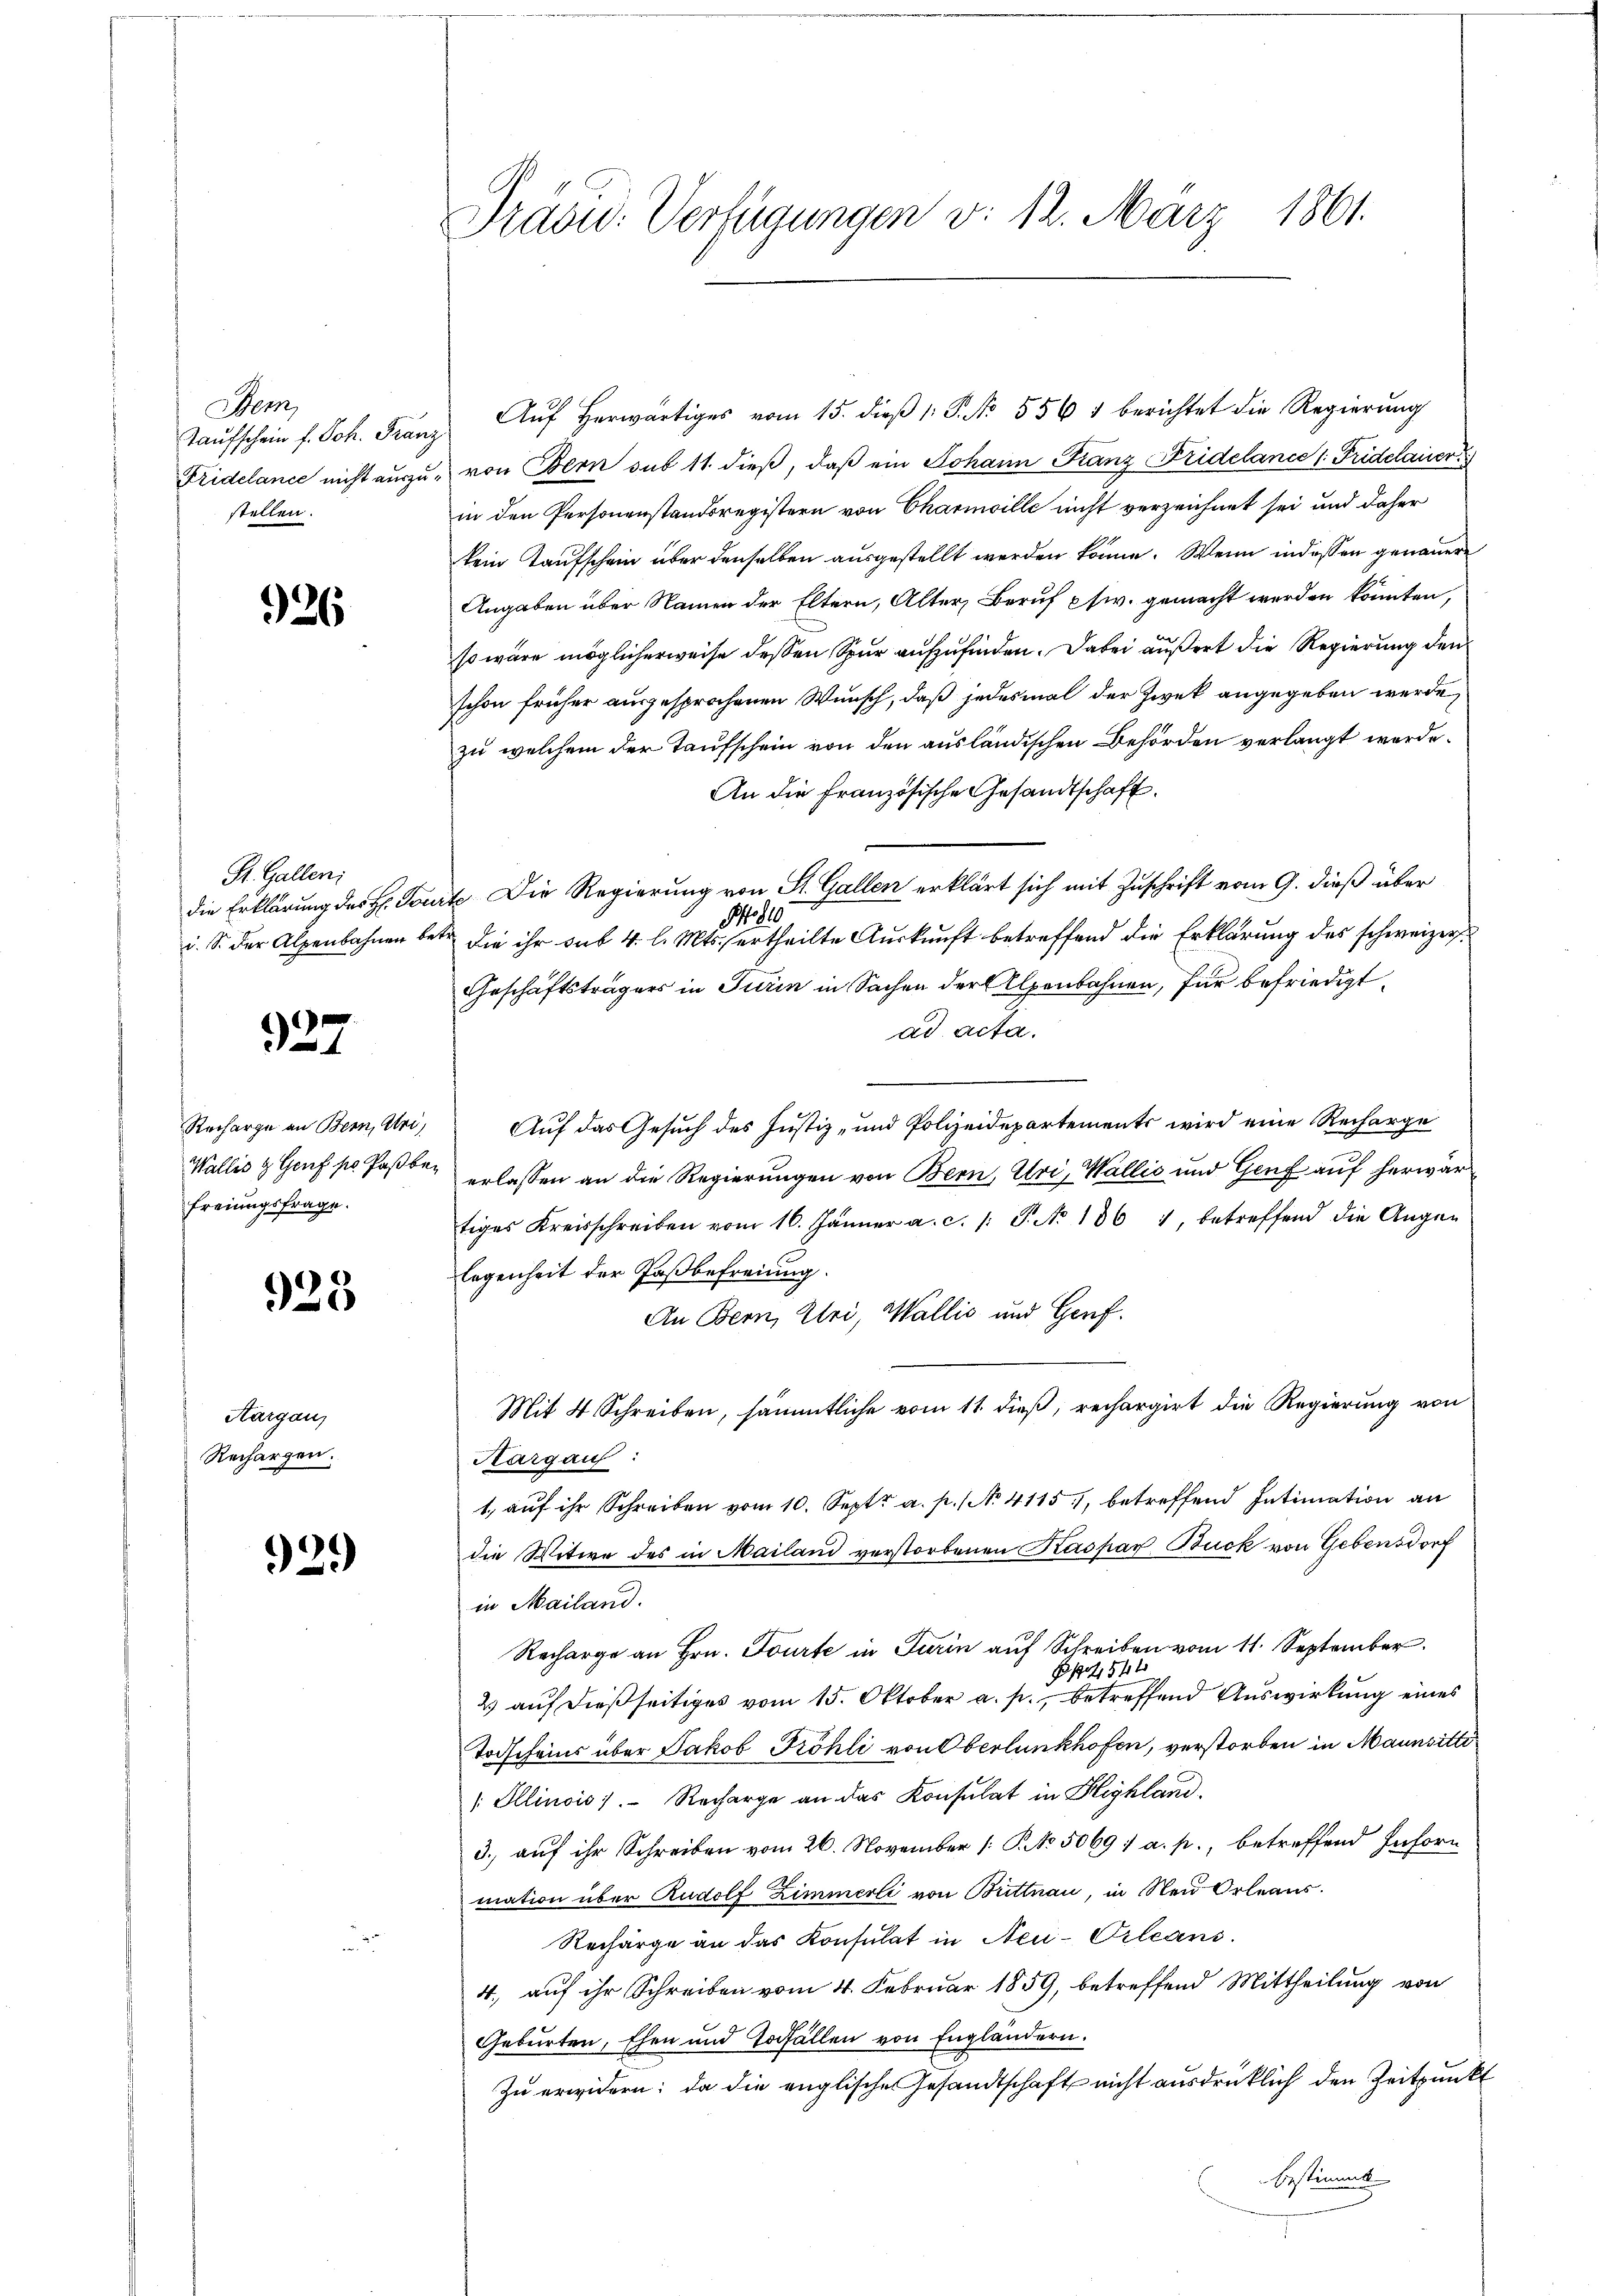
Sem
Taufschein f. Joh. Franz
Fridelance nicht auszustellen.

926

S. Gallen;
die Erklärung des H. Fori. S. der Alpenbahnen be¬

927

Recharge an Bern, Uri,
Wallis & Genf po Paßber
freiungsfrage.

923

Aargau,
Rechargen.

929

Präsid. Verfügungen d. 12. März 1861.

Auf herwärtiges vom 15. dieß 1: P. No. 556 1 berichtet die Regierung
von Bern sub 11. dieß, daß ein Johann Franz Fridelance s. Fridelauer
in den Personenstandsregistern von Charmoille nicht verzeichnet sei und daher
kein Taufschein über denselben ausgestellt werden könne. Wenn indessen genauern
Angaben über Namen der Eltern, Alter, Beruf pfw. gemacht werden könnten,
so wäre möglicherweise dessen Spur aufzufinden. Dabei äußert die Regierung den
schon früher ausgesprochenen Wunsch, daß jedesmal der Zwek angegeben werde,
zu welchem der Taufschein von den ausländischen Behörden verlangt werde.
An die französische Gesandtschaft.
t. Die Regierung von St. Gallen erklärt sich mit Zuschrift vom 9. dieß über
M. 810
die ihr sub 4 l. Mts. ertheilte Auskunft betreffend die Erklärung des schweizer¬
Geschäftsträgers in Turin in Sachen der Alpenbahnen, für befriedigt.
ad acta.
Auf das Gesuch des Justiz- und Polizeidepartements wird eine Recharge
erlassen an die Regierungen von Bern, Uri, Wallis und Genf auf herwärtiges Kreisschreiben vom 16. Jänner a. c. /: P. No 1861, betreffend die Augen
legenheit der Paßbefreiung.
An Bern, Uri, Wallis und Genf.
Mit 4 Schreiben, sämmtliche vom 11. dieß, rechargirt die Regierung von
Kargau
1., auf ihr Schreiben vom 10. Sept. a. p. / No. 4115), betreffend Intimation an
die Witwe des in Mailand verstorbenen Kaspar Buck von Gebensdorf
in Mailand.
Recharge an Hrn. Tourte in Turin auf Schreiben vom 11. September
174
1772
2) auf dießseitiges vom 15. Oktober a. p., betreffend Auswirkung eines
Todscheins über Jakob Fröhli von Oberlunkhofen, verstorben in Maunsitti
 Illinois). Recharge an das Konsulat in Highland.
3.) auf ihr Schreiben vom 26. November [ P. No. 5069 / a. p., betreffend Inforn
mation über Rudolf Zimmerli von Brittnau, in Neu Orleaus.
Recharge an das Konsulat in Neu-Orleans
4. auf ihr Schreiben vom 4. Februar 1859, betreffend Mittheilung von
Geburten, Ehen und Zufällen von Engländern.
Zu erwidern; da die englische Gesandtschaft nicht ausdrücklich den Zeitpunkt
Bestimmt